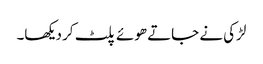
لڑکی نے جاتے ھوئے پلٹ کر دیکھا۔